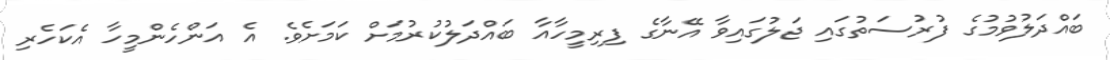
ބައްދަލުވުމުގެ ފުރުސަތުގައި ޖަލުގައިވާ އޭނާގެ ފިރިމީހާއާ ބައްދަލުކުރުމަށް ކަަމަށެވެ. އެ އަންހެންމީހާ އެކަހެރި